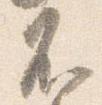
不